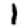
Digit: 1